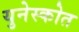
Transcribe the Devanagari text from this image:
युनेस्कोत